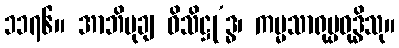
၁၁၇၆။ အာဘိမုချ ဝိသိဋ္ဌု’ဒ္ဓ၊ ကမ္မသာရုပ္ပဝုဒ္ဓိသု။